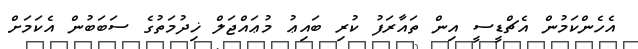
އެހެންކަމުން އެޗްޑީސީ އިން ތައާރަފު ކުރި ބައިޢު މުޢައްޖަލް ޚިދުމަތުގެ ސަބަބުން އެކަމަށް